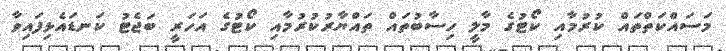
މަސައްކަތްތައް ކުރުމާއި ކޯޓުގެ މާލީ ހިސާބުތައް ތައްޔާރުކުރުމާއި ކޯޓުގެ އަހަރީ ބަޖެޓު ކަނޑައެޅިފައިވާ